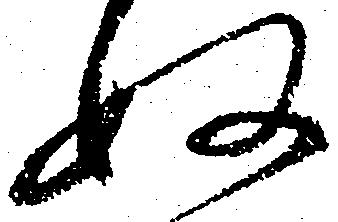
ぬ